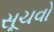
સૂચવો